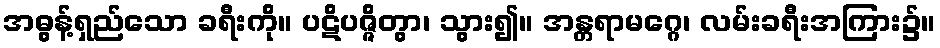
အဓွန့်ရှည်သော ခရီးကို။ ပဋိပဇ္ဇိတွာ၊ သွား၍။ အန္တရာမဂ္ဂေ၊ လမ်းခရီးအကြား၌။